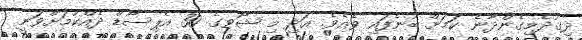
ދިގުދެމިގެންދާނެ ކަމަށް ބުނެފައި ވެއެވެ. އަދި މި ޝޯވގެ 30 އެޕިސޯޑް ދެއްކުމަށްވަނީ